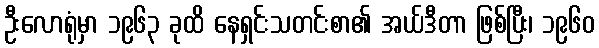
ဦးလောရုံမှာ ၁၉၆၃ ခုထိ နေရှင်းသတင်းစာ၏ အယ်ဒီတာ ဖြစ်ပြီး၊ ၁၉၆၀